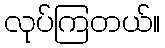
လုပ်ကြတယ်။